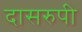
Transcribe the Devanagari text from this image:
दासरुपी